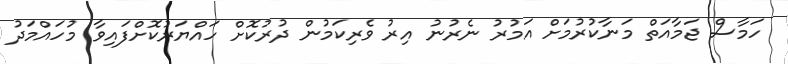
ހަމާސް ޖަމާއަތް މަނާކުރުމަށް އަމުރު ނެރުނު އިރު ވެރިކަމުން ދުރުކޮށް ހައްޔަރުކޮށްފައިވާ މުހައްމަދު